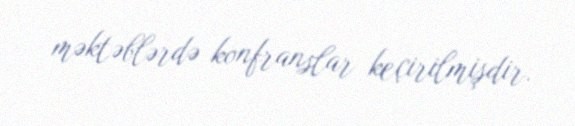
məktəblərdə konfranslar keçirilmişdir.